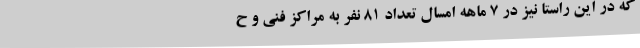
که در این راستا نیز در 7 ماهه امسال تعداد 81 نفر به مراکز فنی و ح